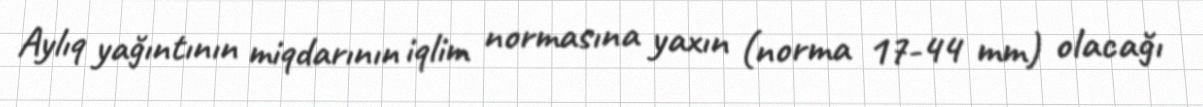
Aylıq yağıntının miqdarının iqlim normasına yaxın (norma 17-44 mm) olacağı